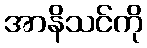
အာနိသင်ကို